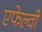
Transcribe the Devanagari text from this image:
एफेल्वी